Vaccine operations Central Provinces 1868-1885 - 1868-1885
Year: 1868
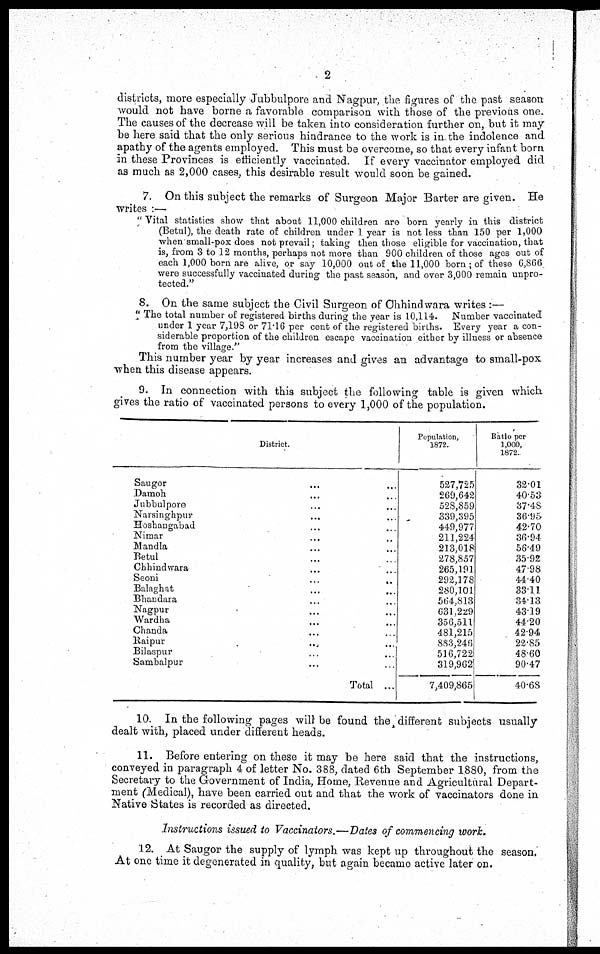
2
districts, more especially Jubbulpore and Nagpur, the figures of the past season
would not have borne a favorable comparison with those of the previous one.
The causes of the decrease will be taken into consideration further on, but it may-
be here said that the only serious hindrance to the work is in the indolence and
apathy of the agents employed. This must be overcome, so that every infant born
in these Provinces is efficiently vaccinated. If every vaccinator employed did
as much as 2,000 cases, this desirable result would soon be gained.
7. On this subject the remarks of Surgeon Major Barter are given. He
writes :—
" Vital statistics show that about 11,000 children are born yearly in this district
(Betul), the death rate of children under 1 year is not less than 150 per 1,000
when small-pox does not prevail; taking then those eligible for vaccination, that
is, from 3 to 12 months, perhaps not more than 900 children of those ages out of
each 1,000 born are alive, or say 10,000 out of the 11,000 born ; of these 6,866
were successfully vaccinated during the past season, and over 3,000 remain unpro-
tected."
8. On the same subject the Civil Surgeon of Chhindwara writes :—
" The total number of registered births during the year is 10,114. Number vaccinated
under 1 year 7,198 or 71.16 per cent of the registered births. Every year a con-
siderable proportion of the children escape vaccination either by illness or absence
from the village. "
This number year by year increases and gives an advantage to small-pox
when this disease appears.
9. In connection with this subject the following table is given which
gives the ratio of vaccinated persons to every 1,000 of the population.
District.
Saugor ... ...
Damoh ... ...
Jubbulpore ... ...
Narsinghpur ... ...
Hoshangabad ... ...
Nimar ... ...
Mandla ... ...
Betul ... ...
Chhindwara ... ...
Seoni
...
...
...
Balaghat ... ...
Bhandara ... ...
Nagpur ... ...
Wardha ... ...
Chanda ... ...
Raipur
...
...
Bilaspur ... ...
Sambalpur ... ...
Total ...
Population,
1872.
527,725
269,642
528,859
339,395
449,977
211,224
213,018
278,857
265,191
292,178
280,101
564,813
631,229
356,511
481,215
883,246
516,722
319,962
7,409,865
Ratio per
1,000,
1872.
32.01
40.53
37.48
36.95
42.70
36.94
56.49
35.92
47.98
44.40
33.11
34.13
43.19
44.20
42.94
22.85
48.60
90.47
40.68
10. In the following pages will be found the different subjects usually
dealt with, placed under different heads.
11. Before entering on these it may be here said that the instructions,
conveyed in paragraph 4 of letter No. 388, dated 6th September 1880, from the
Secretary to the Government of India, Home, Revenue and Agricultural Depart-
ment (Medical), have been carried out and that the work of vaccinators done in
Native States is recorded as directed.
Instructions issued to Vaccinators.—Dates of commencing work.
12. At Saugor the supply of lymph was kept up throughout the season.
At one time it degenerated in quality, but again became active later on.